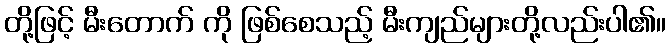
တို့ဖြင့် မီးတောက် ကို ဖြစ်စေသည့် မီးကျည်များတို့လည်းပါ၏။